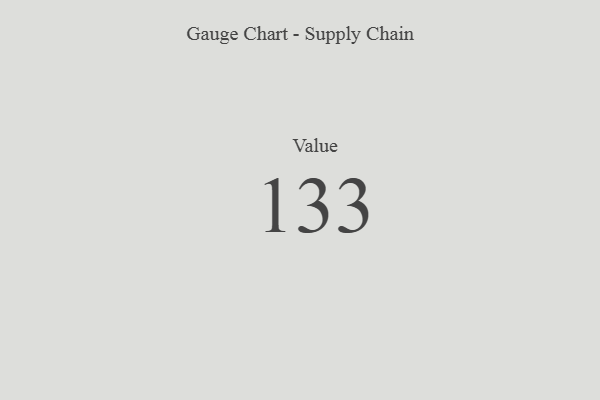
{"axis": {"x": "Metric", "y": "Value"}, "legend": [""], "data": [{"x": "Value", "y": 133, "type": ""}]}